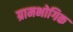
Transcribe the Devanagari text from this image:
ग्रामभोगिक